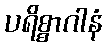
ပရိစ္စာဂါနံ